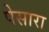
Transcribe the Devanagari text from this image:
पेसारा